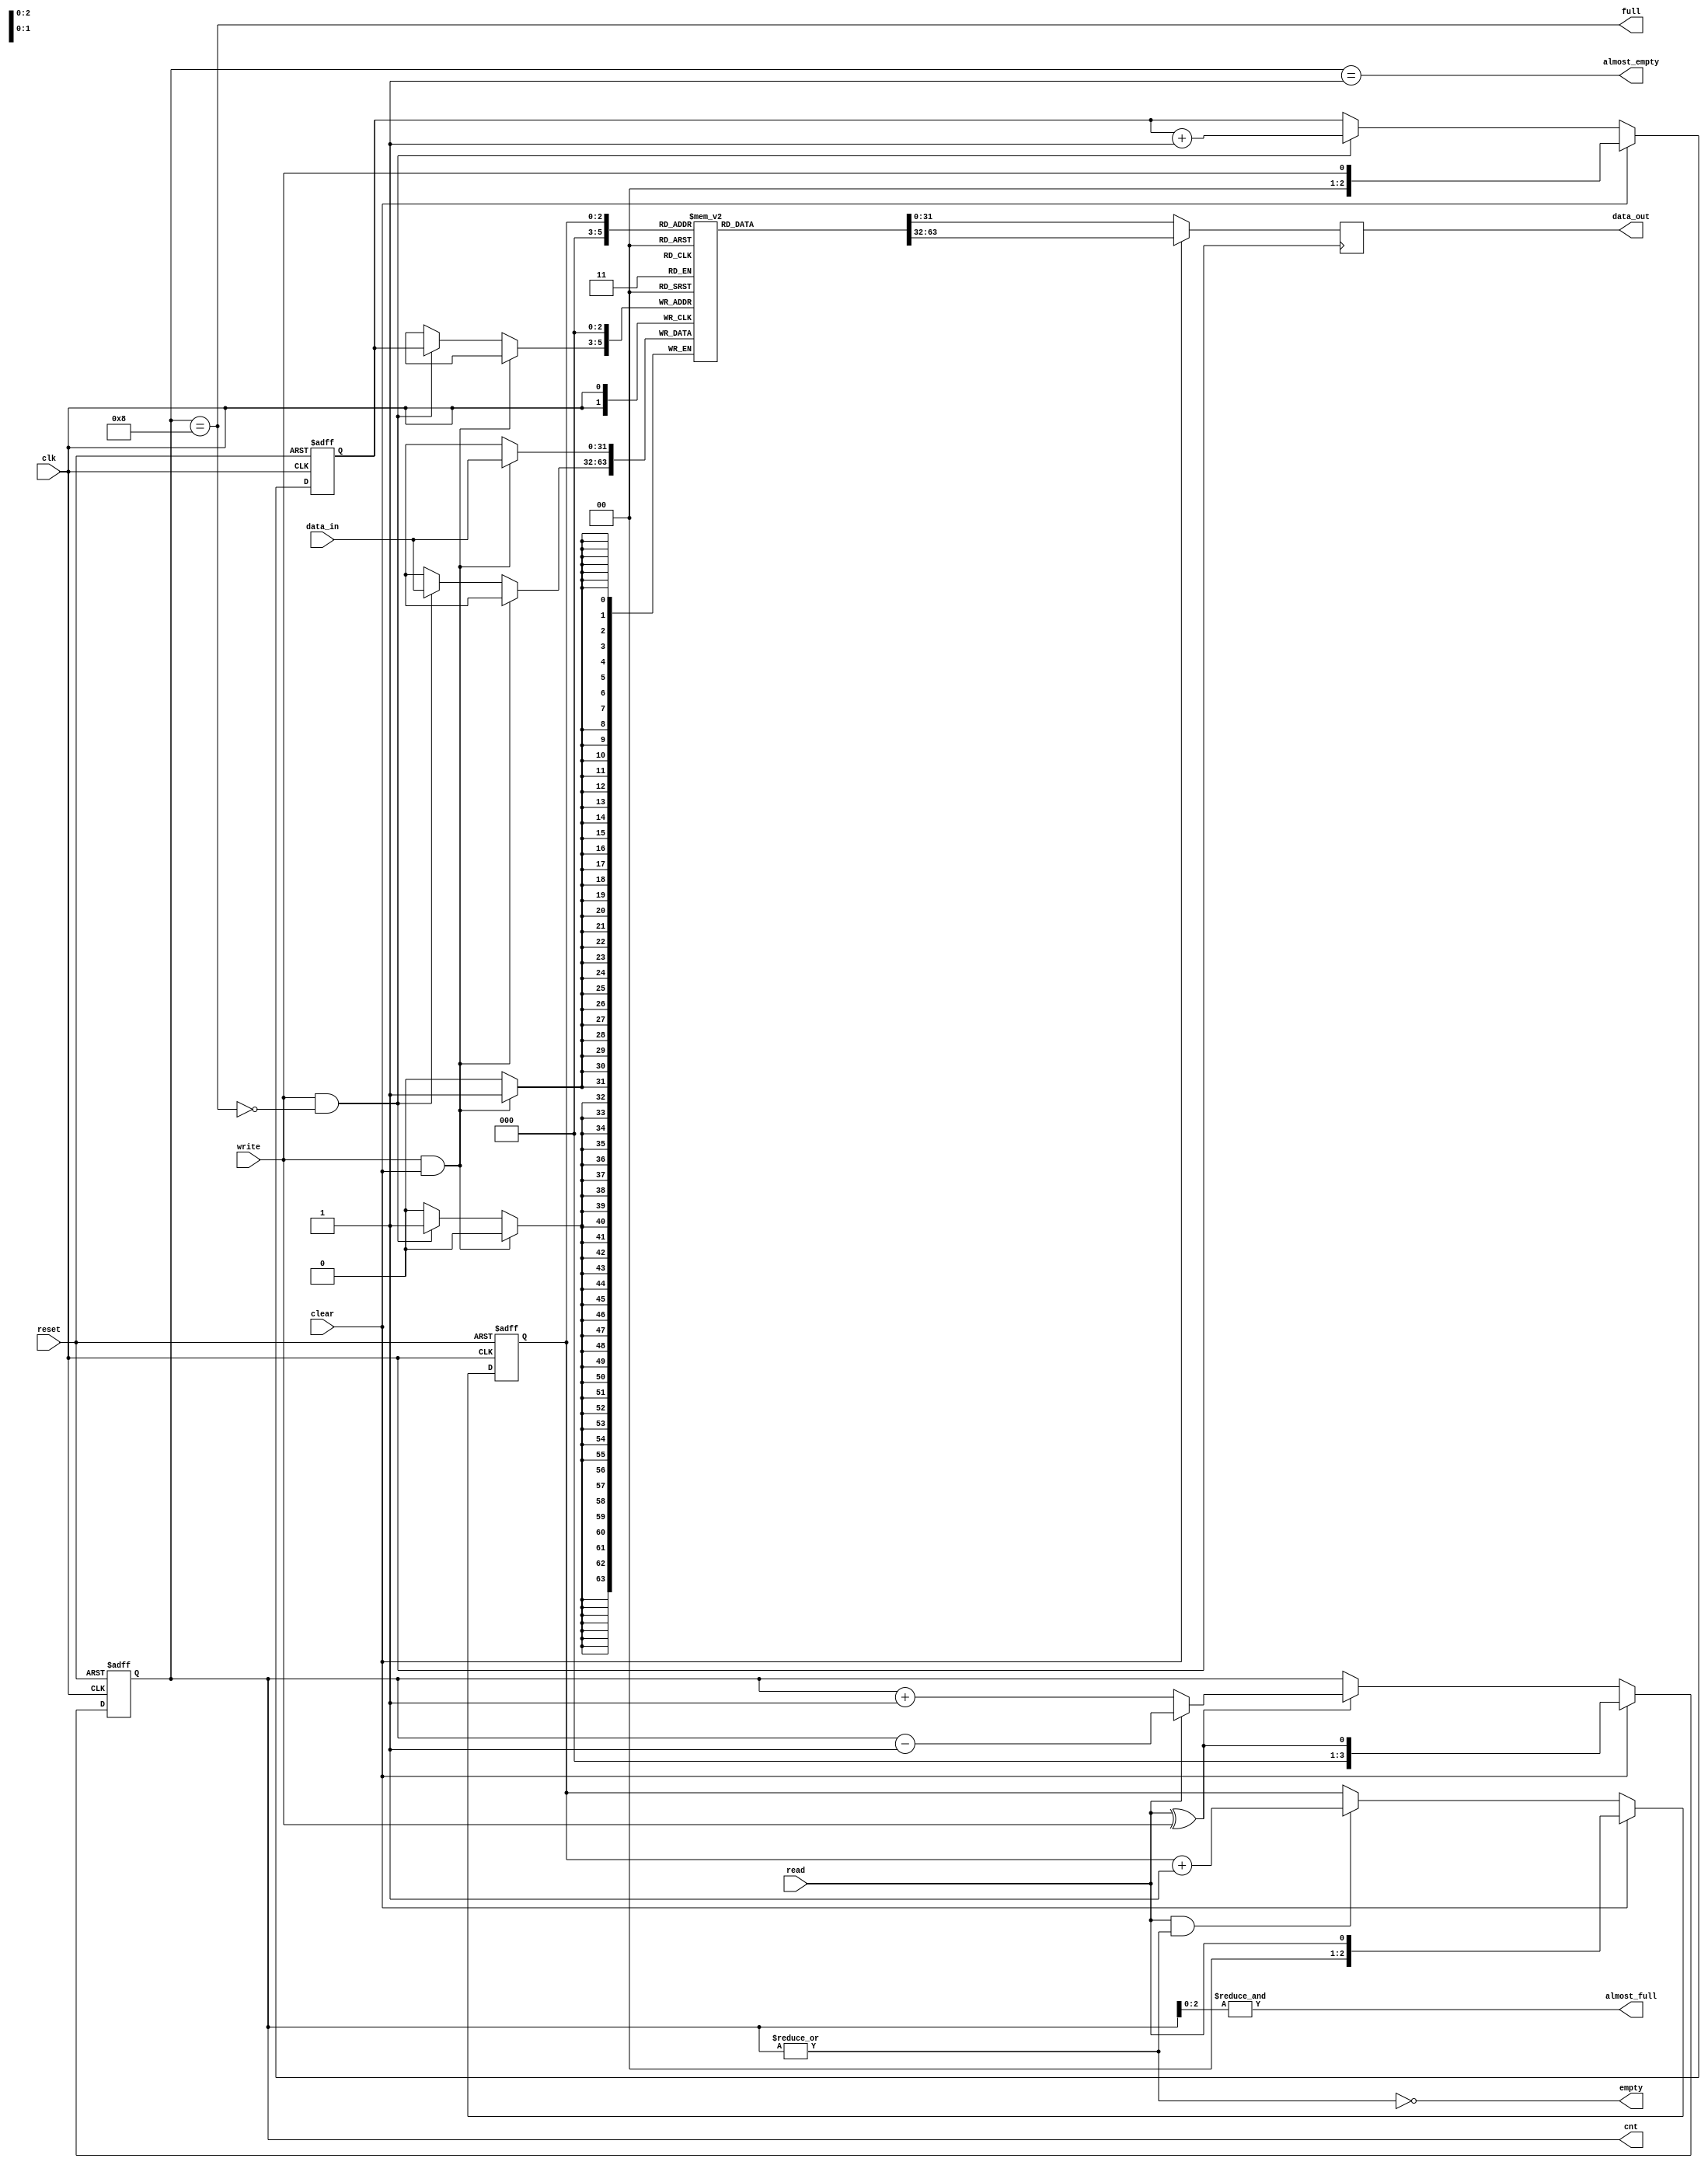
module eth_fifo (data_in, data_out, clk, reset, write, read, clear,
                 almost_full, full, almost_empty, empty, cnt);

parameter DATA_WIDTH    = 32;
parameter DEPTH         = 8;
parameter CNT_WIDTH     = 4;

input                     clk;
input                     reset;
input                     write;
input                     read;
input                     clear;
input   [DATA_WIDTH-1:0]  data_in;

output  [DATA_WIDTH-1:0]  data_out;
output                    almost_full;
output                    full;
output                    almost_empty;
output                    empty;
output  [CNT_WIDTH-1:0]   cnt;

`ifdef ETH_FIFO_XILINX
`else
  `ifdef ETH_ALTERA_ALTSYNCRAM
  `else
    reg     [DATA_WIDTH-1:0]  fifo  [0:DEPTH-1];
    reg     [DATA_WIDTH-1:0]  data_out;
  `endif
`endif

reg     [CNT_WIDTH-1:0]   cnt;
reg     [CNT_WIDTH-2:0]   read_pointer;
reg     [CNT_WIDTH-2:0]   write_pointer;


always @ (posedge clk or posedge reset)
begin
  if(reset)
    cnt <= 0;
  else
  if(clear)
    cnt <= { {(CNT_WIDTH-1){1'b0}}, read^write};
  else
  if(read ^ write)
    if(read)
      cnt <= cnt - 1;
    else
      cnt <= cnt + 1;
end


always @ (posedge clk or posedge reset)
begin
  if(reset)
    read_pointer <= 0;
  else
  if(clear)
    read_pointer <= { {(CNT_WIDTH-2){1'b0}}, read};
  else
  if(read & ~empty)
    read_pointer <= read_pointer + 1'b1;
end

always @ (posedge clk or posedge reset)
begin
  if(reset)
    write_pointer <= 0;
  else
  if(clear)
    write_pointer <= { {(CNT_WIDTH-2){1'b0}}, write};
  else
  if(write & ~full)
    write_pointer <= write_pointer + 1'b1;
end

assign empty = ~(|cnt);
assign almost_empty = cnt == 1;
assign full  = cnt == DEPTH;
assign almost_full  = &cnt[CNT_WIDTH-2:0];



`ifdef ETH_FIFO_XILINX
  xilinx_dist_ram_16x32 fifo
  ( .data_out(data_out), 
    .we(write & ~full),
    .data_in(data_in),
    .read_address( clear ? {CNT_WIDTH-1{1'b0}} : read_pointer),
    .write_address(clear ? {CNT_WIDTH-1{1'b0}} : write_pointer),
    .wclk(clk)
  );
`else   // !ETH_FIFO_XILINX
`ifdef ETH_ALTERA_ALTSYNCRAM
  altera_dpram_16x32  altera_dpram_16x32_inst
  (
    .data             (data_in),
    .wren             (write & ~full),
    .wraddress        (clear ? {CNT_WIDTH-1{1'b0}} : write_pointer),
    .rdaddress        (clear ? {CNT_WIDTH-1{1'b0}} : read_pointer ),
    .clock            (clk),
    .q                (data_out)
  );  //exemplar attribute altera_dpram_16x32_inst NOOPT TRUE
`else   // !ETH_ALTERA_ALTSYNCRAM
  always @ (posedge clk)
  begin
    if(write & clear)
      fifo[0] <= data_in;
    else
   if(write & ~full)
      fifo[write_pointer] <= data_in;
  end
  

  always @ (posedge clk)
  begin
    if(clear)
      data_out <= fifo[0];
    else
      data_out <= fifo[read_pointer];
  end
`endif  // !ETH_ALTERA_ALTSYNCRAM
`endif  // !ETH_FIFO_XILINX


endmodule